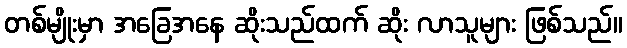
တစ်မျိုးမှာ အခြေအနေ ဆိုးသည်ထက် ဆိုး လာသူများ ဖြစ်သည်။